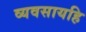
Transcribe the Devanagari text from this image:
व्यवसायहि